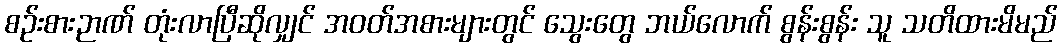
စဉ်းစားဉာဏ် တုံးလာပြီဆိုလျှင် အဝတ်အစားများတွင် သွေးတွေ ဘယ်လောက် စွန်းစွန်း သူ သတိထားမိမည်